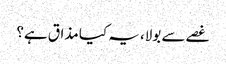
غصے سے بولا، یہ کیا مذاق ہے؟